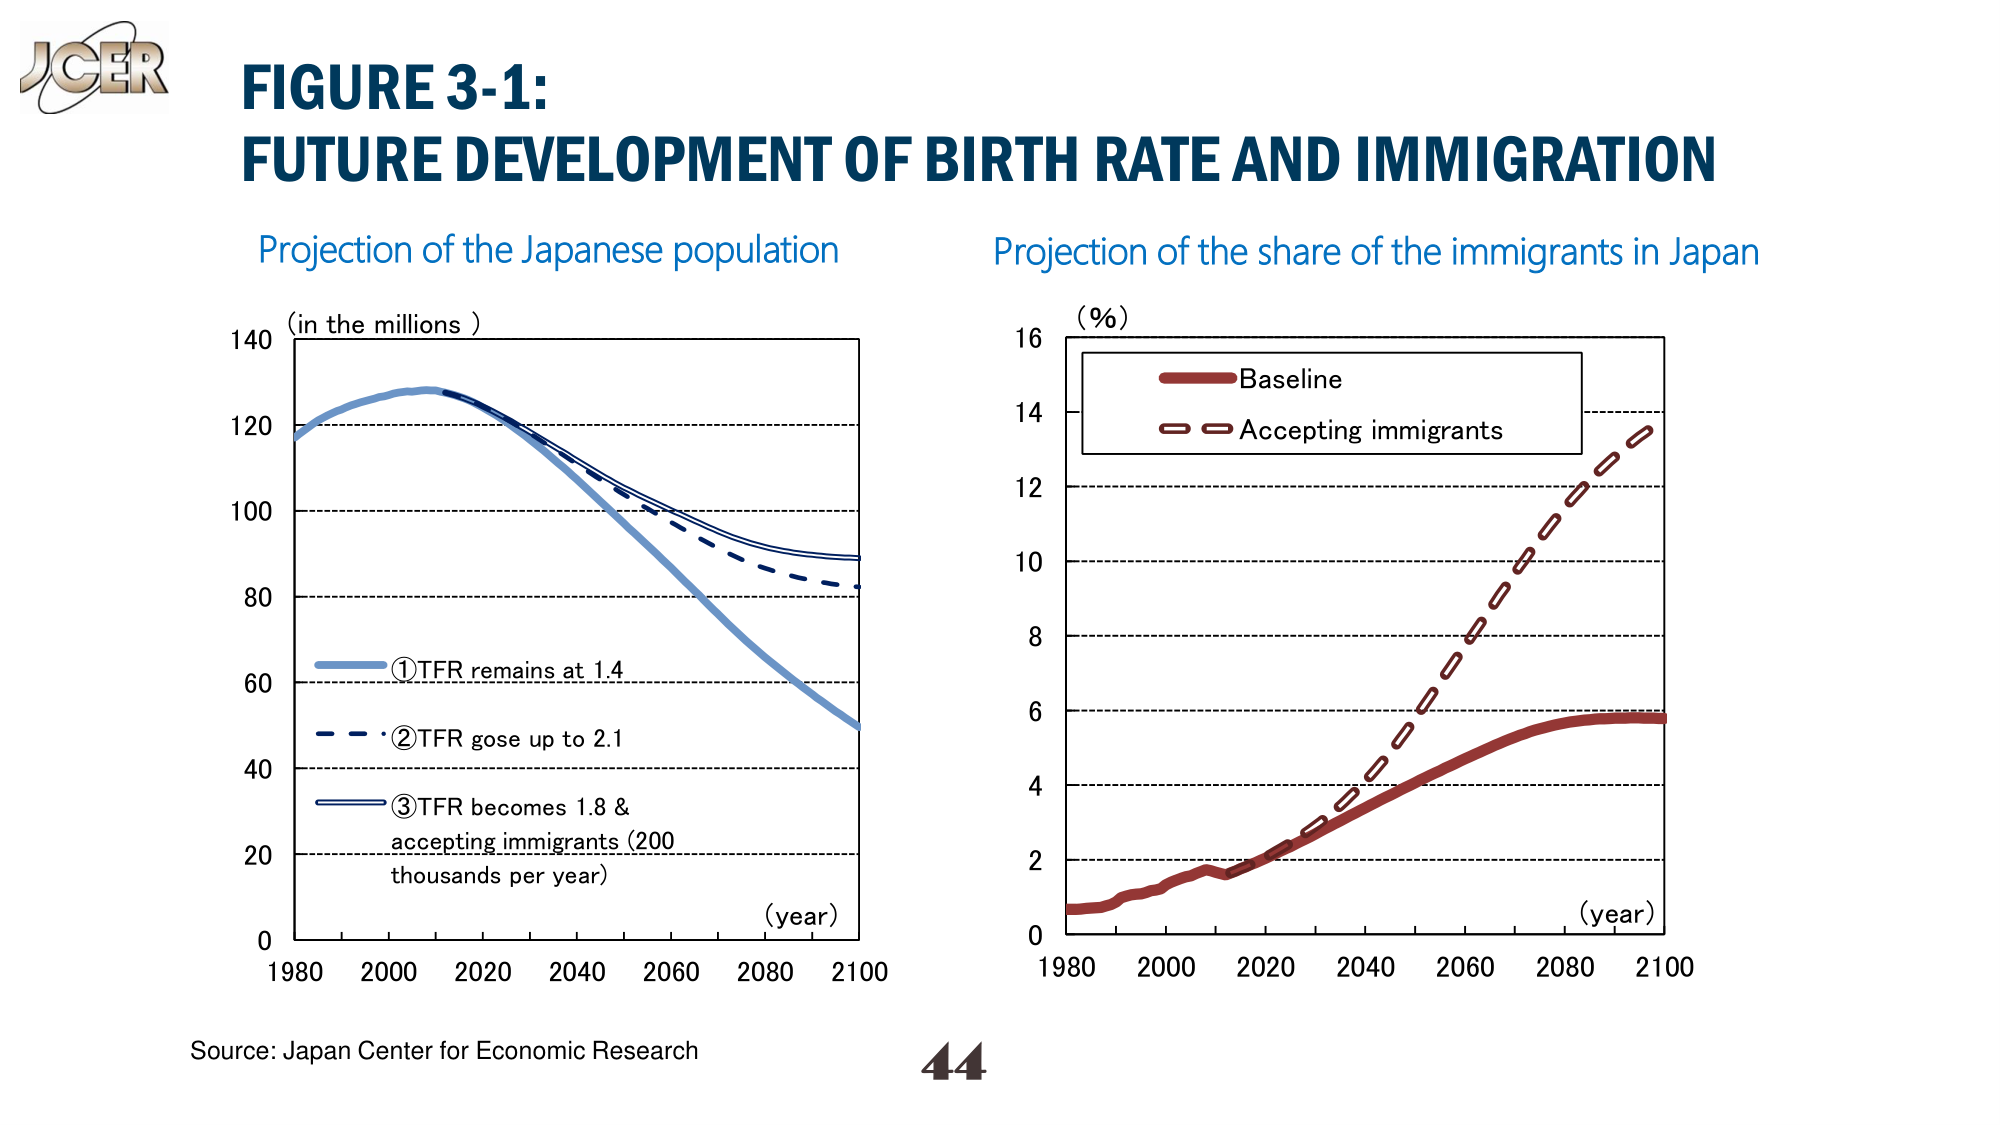
JCR
FIGURE 3-1:
FUTURE DEVELOPMENT OF BIRTH RATE AND IMMIGRATION
Projection of the Japanese population
(in the millions)
140
120
100
80
60
40
20
0
1980 2000 2020 2040 2060 2080 2100
(year)
①TFR remains at 1.4
②TFR gose up to 2.1
③TFR becomes 1.8 & accepting immigrants (200 thousands per year)
Projection of the share of the immigrants in Japan
(%)
16
14
12
10
8
6
4
2
0
1980 2000 2020 2040 2060 2080 2100
(year)
Baseline
Accepting immigrants
Source: Japan Center for Economic Research
44